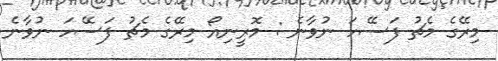
މިރޭގެ މެޗު ފަސޭހަ ނުވާނެ : މޮރީނިއޯ މިރޭގެ މެޗު ފަސޭހަ ނުވާނެ